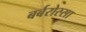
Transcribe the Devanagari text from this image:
बर्बरोस्सा